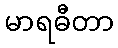
မာရဓီတာ